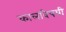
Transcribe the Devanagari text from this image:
कालविषयी